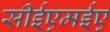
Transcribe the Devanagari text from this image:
सीईएमईए